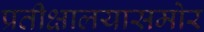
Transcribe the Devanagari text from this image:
प्रतीक्षालयासमोर